Language: tamil
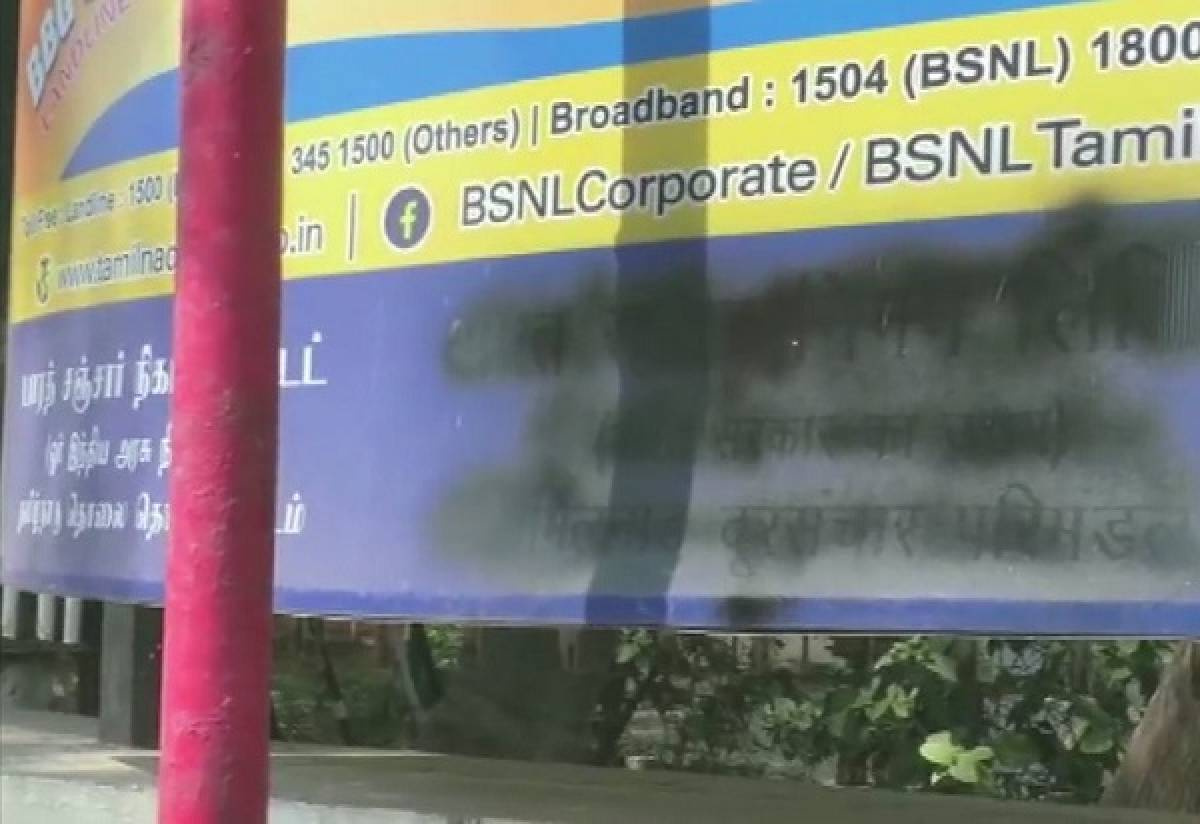
Transcription: சஞ்சா் டட் பரத் நிக